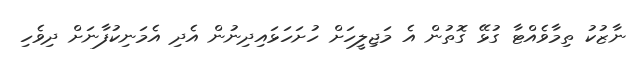
ނާޒުކު ތިމާވެއްޓާ ގުޅޭ ގޮތުން އެ މަޖިލީހަށް ހުށަހަޅައިދިނުން އެދި އެމަނިކުފާނަށް ދިވެހި